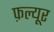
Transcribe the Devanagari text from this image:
फ़ल्यूर